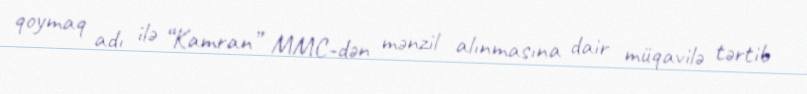
qoymaq adı ilə “Kamran” MMC-dən mənzil alınmasına dair müqavilə tərtib